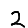
Digit: 2